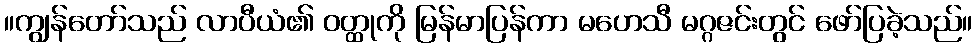
။ကျွန်တော်သည် လာပီယံ၏ ဝတ္ထုကို မြန်မာပြန်ကာ မဟေသီ မဂ္ဂဇင်းတွင် ဖော်ပြခဲ့သည်။